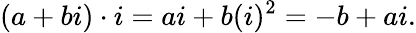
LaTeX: (a+bi)\cdot i=ai+b(i)^{2}=-b+ai.